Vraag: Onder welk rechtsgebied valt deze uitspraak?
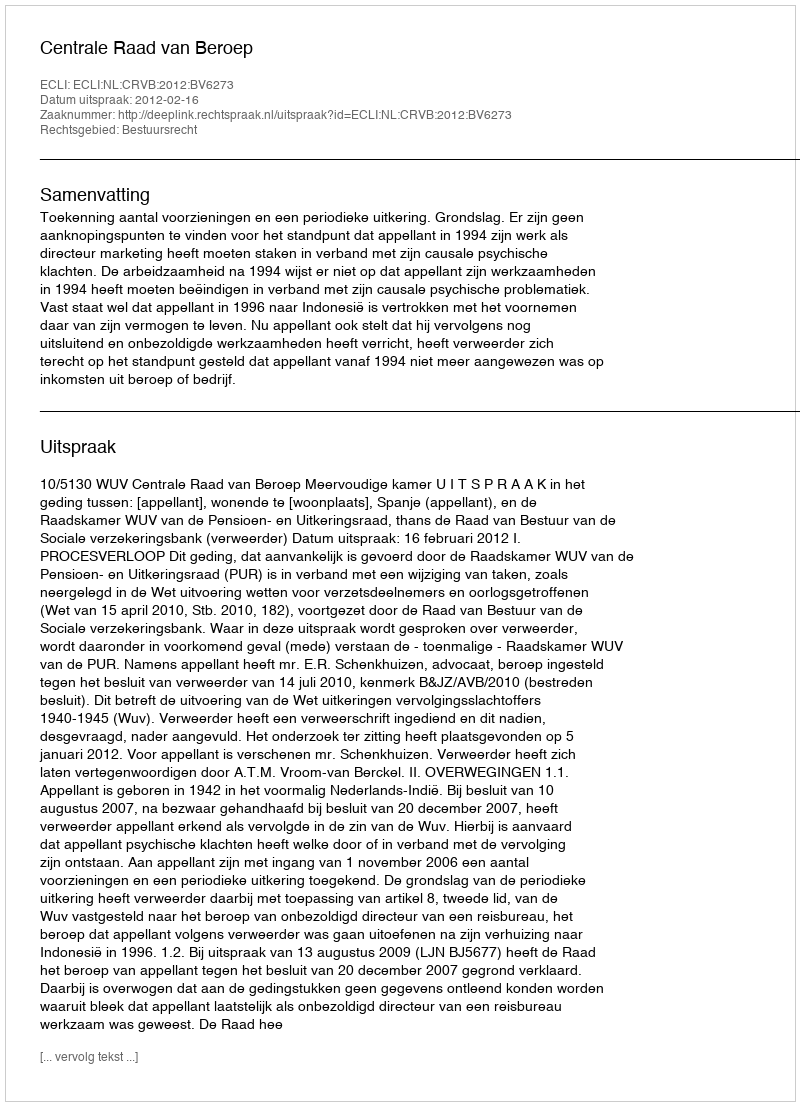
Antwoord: Bestuursrecht